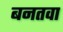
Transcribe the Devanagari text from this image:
बनतवा